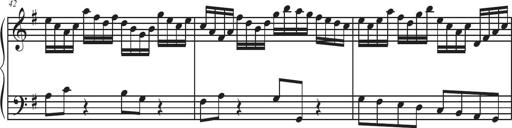
Title: Sonatina Espania
Composer: Jerald Franklin Archer
Key: Various